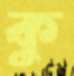
কু